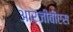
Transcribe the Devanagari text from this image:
आरजीबीएस